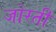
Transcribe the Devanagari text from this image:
जोरती